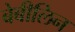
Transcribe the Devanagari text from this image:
बेबीलिन